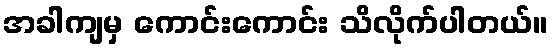
အခါကျမှ ကောင်းကောင်း သိလိုက်ပါတယ်။